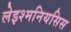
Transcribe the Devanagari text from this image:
लेइश्मनियसिस